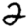
Digit: 2